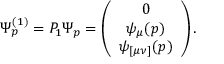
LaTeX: \Psi _ { p } ^ { ( 1 ) } = P _ { 1 } \Psi _ { p } = \left( \begin{array} { c } { { 0 } } \\ { { \psi _ { \mu } ( p ) } } \\ { { \psi _ { [ \mu \nu ] } ( p ) } } \end{array} \right) .